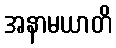
အနာမယာတိ